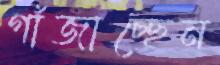
গাঁজাচ্ছেন